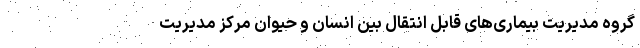
گروه مدیریت بیماری‌های قابل انتقال بین انسان و حیوان مرکز مدیریت